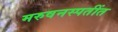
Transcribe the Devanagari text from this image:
मरुवनस्पतींत